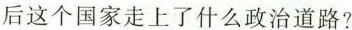
后这个国家走上了什么政治道路?